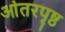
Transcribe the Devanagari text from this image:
आंतरपृष्ठ